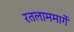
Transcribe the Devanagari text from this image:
रतलाममार्गे